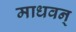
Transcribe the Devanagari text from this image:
माधवन्